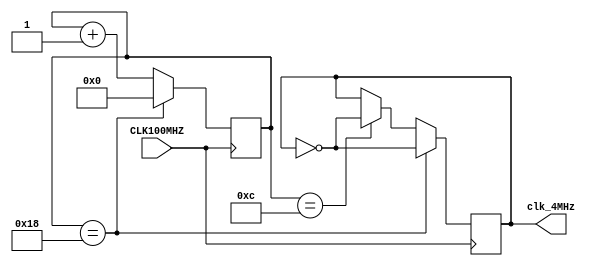
// This program was cloned from: https://github.com/FPGADude/Digital-Design
// License: GNU General Public License v3.0

`timescale 1ns / 1ps
// Created by David J. Marion
// Date 7.22.2022
// For NexysA7 Accelerometer Reading

module iclk_gen(
    input CLK100MHZ,        // nexys a7 sys clk
    output clk_4MHz         // 4MHz clk
);
    
    // For a 50% duty cycle
    // 100 x 10^6 / 4 x 10^6 / 2 = 12.5 <-- not possible to split a bit
    // Solution:
    // 100 x 10^6 / 4 x 10^6 = 25
    // Start clk_reg == 1 
    // Count up to 13, negate clk_reg, count up to 25, negate clk_reg, reset counter, repeat
    // Results in a 52% duty cycle, which is fine, it is still a 4MHz signal
    reg [4:0] counter = 5'b0;
    reg clk_reg = 1'b1;
    
    always @(posedge CLK100MHZ) begin
        if(counter == 12)           // 0-12 is 13 ticks
            clk_reg <= ~clk_reg;
        if(counter == 24) begin     // 13-24 is 12 ticks
            clk_reg <= ~clk_reg;
            counter <= 5'b0;        // reset counter
        end
        else
            counter <= counter + 1;
    end

    assign clk_4MHz = clk_reg;

endmodule